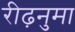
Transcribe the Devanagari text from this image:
रीढ़नुमा